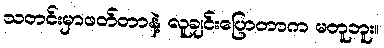
သတင်းမှာဖတ်တာနဲ့ လူချင်းပြောတာက မတူဘူး။